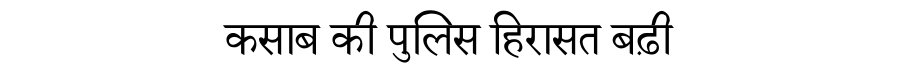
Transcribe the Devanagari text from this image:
कसाब की पुलिस हिरासत बढ़ी